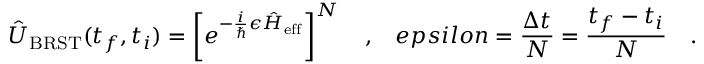
\hat { U } _ { \mathrm { B R S T } } ( t _ { f } , t _ { i } ) = \left[ e ^ { - \frac { i } { \hbar } \epsilon \hat { H } _ { \mathrm { e f f } } } \right] ^ { N } \ \ \ , \ \ \, e p s i l o n = \frac { \Delta t } { N } = \frac { t _ { f } - t _ { i } } { N } \ \ \ .